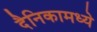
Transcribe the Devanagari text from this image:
दैनिकामध्ये